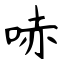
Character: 哧